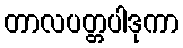
တာလပတ္တပါဒုကာ